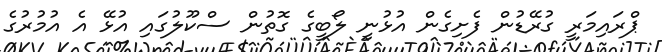
ޕްރައިމަރީ ގުރޭޑުން ފެށިގެން އުޅުނީ ލޯބީގެ ގޮތުން ސްކޫލުގައި އުޅޭ އެ އުމުރުގެ